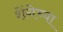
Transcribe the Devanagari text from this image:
शेंगेच्या